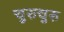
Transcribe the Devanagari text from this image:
चुरुचुरु